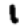
Digit: 1